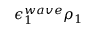
\epsilon _ { 1 } ^ { w a v e } \rho _ { 1 }